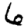
Digit: 6